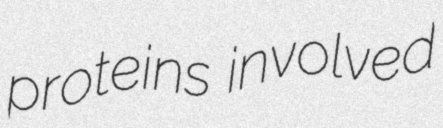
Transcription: proteins involved